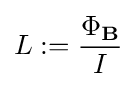
L:={\frac {\Phi _{\mathbf {B} }}{I}}